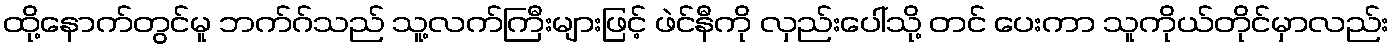
ထို့နောက်တွင်မူ ဘက်ဂ်သည် သူ့လက်ကြီးများဖြင့် ဖဲင်နီကို လှည်းပေါ်သို့ တင် ပေးကာ သူကိုယ်တိုင်မှာလည်း